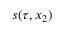
s ( \tau , x _ { 2 } )